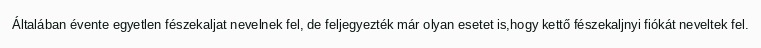
Általában évente egyetlen fészekaljat nevelnek fel, de feljegyezték már olyan esetet is,hogy kettő fészekaljnyi fiókát neveltek fel.